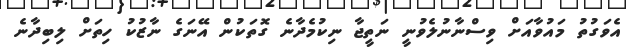
އެވަގުތު މައުވާއަށް ވިސްނާނުލެވުނީ ނަތީޖާ ނިކުމެދާނެ ގޮތަކުން އޭނަގެ ނާޒުކު ހިތަށް ލިބިދާނެ